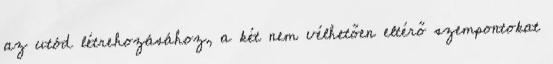
az utód létrehozásához, a két nem vélhetően eltérő szempontokat